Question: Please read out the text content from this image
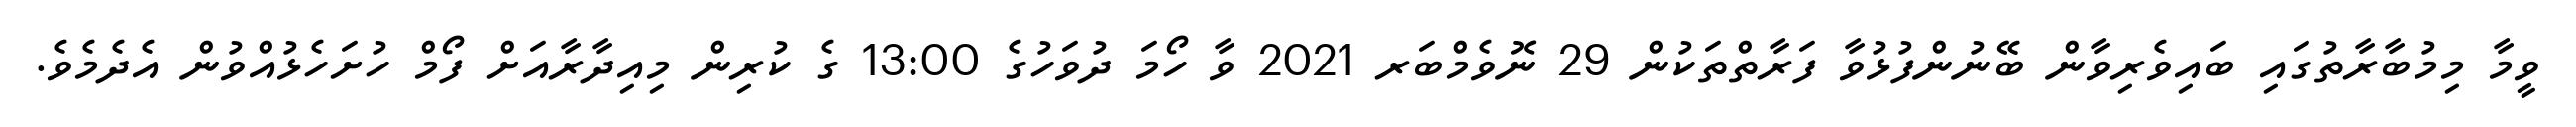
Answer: ވީމާ މިމުބާރާތުގައި ބައިވެރިވާން ބޭނުންފުޅުވާ ފަރާތްތަކުން 29 ނޮވެމްބަރ 2021 ވާ ހޯމަ ދުވަހުގެ 13:00 ގެ ކުރިން މިއިދާރާއަށް ފޯމް ހުށަހެޅުއްވުން އެދެމެވެ.